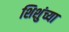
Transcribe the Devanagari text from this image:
शिशुंच्या